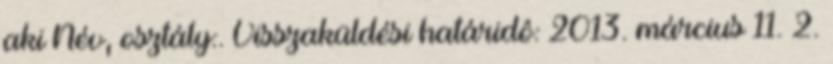
aki Név, osztály:. Visszaküldési határidô: 2013. március 11. 2.